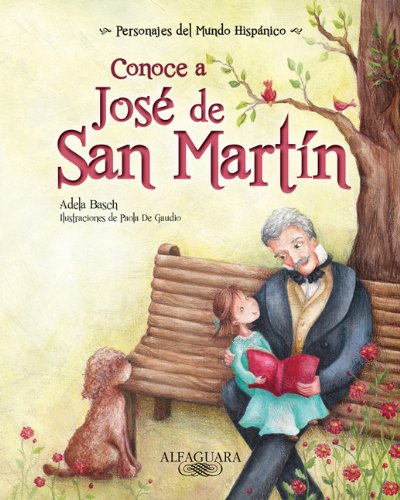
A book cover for Conoce a Jose de San Martin / Get to know Jose de San Martin (Personajes Del Mundo Hispanico / Important Figures of the Hispanic World) (Spanish Edition) ... / Important Figures of the Hispanic World); Adela Basch; Teen & Young Adult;